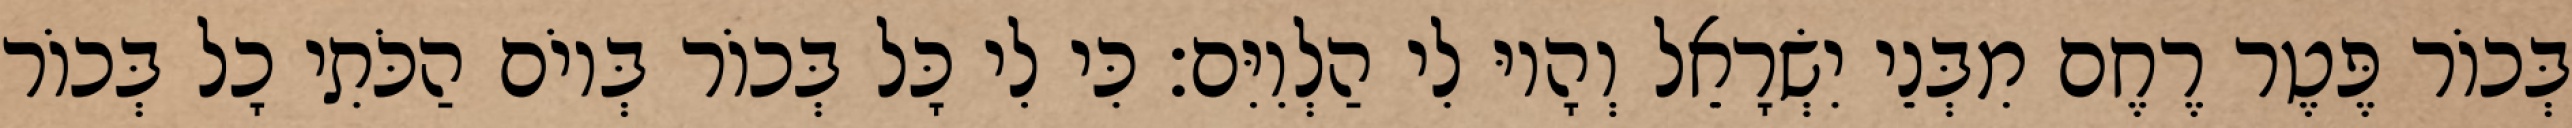
בְּכוֹר פֶּטֶר רֶחֶם מִבְּנֵי יִשְׂרָאֵל וְהָיוּ לִי הַלְוִיִּם׃ כִּי לִי כָּל בְּכוֹר בְּיוֹם הַכֹּתִי כָל בְּכוֹר